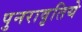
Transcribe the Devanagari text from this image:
पुनरावृतिये